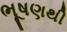
ભૂષણથી